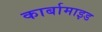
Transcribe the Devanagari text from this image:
कार्बामाइड